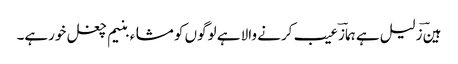
ہینؔ زلیل ہے ہمازؔ عیب کرنے والا ہے لوگوں کو مشاء بنیم چغل خورہے۔